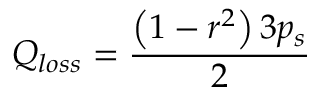
Q _ { l o s s } = \frac { \left( 1 - r ^ { 2 } \right) 3 p _ { s } } { 2 }